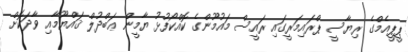
ޕީޕީއެމްގެ ރިޔާސީ ޕްރައިމަރީގައި ރައީސް މައުމޫންގެ ކޮއްކޯފުޅު ޔާމީން ޢަބްދުލް ޤައްޔޫމާއި ވާދަކޮށް